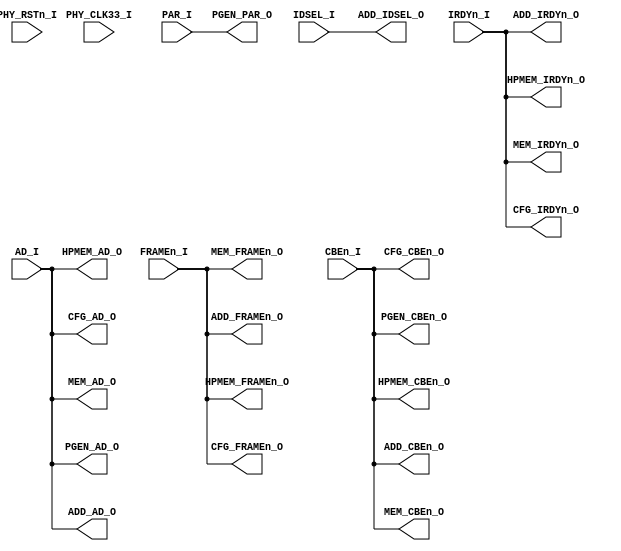
`timescale 1ns / 1ps
//////////////////////////////////////////////////////////////////////////////////
// Company: 
// Engineer: 
// 
// Design Name: 
// Module Name: PCI_IN_DECODER
// Project Name: 
// Target Devices: 
// Tool Versions: 
// Description: 
// 
// Dependencies: 
// 
// Revision:
// Revision 0.01 - File Created
// Additional Comments:
// 
//////////////////////////////////////////////////////////////////////////////////


module PCI_IN_DECODER(

	input PHY_CLK33_I,
	input PHY_RSTn_I,
	
	input IDSEL_I,
	input  FRAMEn_I,
	input  IRDYn_I,
	input [31:0]  AD_I,
	input [3:0] CBEn_I,
	input PAR_I,
	
	output   reg   ADD_IDSEL_O ,
	output   reg   ADD_FRAMEn_O ,
	output   reg   ADD_IRDYn_O ,
	output   reg   [31:0]  ADD_AD_O ,
	output   reg   [3:0] ADD_CBEn_O ,
	
	output   reg  CFG_FRAMEn_O,
	output   reg  CFG_IRDYn_O,
	output   reg [31:0]  CFG_AD_O ,
	output   reg [3:0] CFG_CBEn_O ,
	
	output   reg  MEM_FRAMEn_O,
	output   reg  MEM_IRDYn_O,
	output   reg [31:0]  MEM_AD_O ,
	output   reg [3:0] MEM_CBEn_O ,
	
	
	output   reg  HPMEM_FRAMEn_O,
	output   reg  HPMEM_IRDYn_O,
	output   reg [31:0]  HPMEM_AD_O ,
	output   reg [3:0] HPMEM_CBEn_O ,
	
    output  reg PGEN_PAR_O, 
    output  reg [31:0]  PGEN_AD_O, 
    output  reg [3:0]   PGEN_CBEn_O
	
    );
	
	always @(*)
		begin
			ADD_IDSEL_O <= IDSEL_I;
			ADD_FRAMEn_O <= FRAMEn_I;
			ADD_IRDYn_O <= IRDYn_I;
			ADD_AD_O <= AD_I;
			ADD_CBEn_O <= CBEn_I;
			
			CFG_FRAMEn_O <= FRAMEn_I;
			CFG_IRDYn_O  <= IRDYn_I;
			CFG_AD_O     <= AD_I;
			CFG_CBEn_O   <= CBEn_I;
			
			MEM_FRAMEn_O <= FRAMEn_I;
			MEM_IRDYn_O  <= IRDYn_I;
			MEM_AD_O     <= AD_I;
			MEM_CBEn_O   <= CBEn_I;
			
			HPMEM_FRAMEn_O <= FRAMEn_I;
			HPMEM_IRDYn_O  <= IRDYn_I;
			HPMEM_AD_O     <= AD_I;
			HPMEM_CBEn_O   <= CBEn_I;
			
			PGEN_PAR_O   <= PAR_I;
			PGEN_AD_O    <= AD_I;
			PGEN_CBEn_O  <= CBEn_I;
		end
endmodule